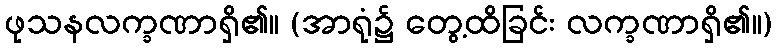
ဖုသနလက္ခဏာရှိ၏။ (အာရုံ၌ တွေ့ထိခြင်း လက္ခဏာရှိ၏။)